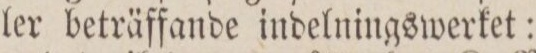
ler beträffande indelningswerket: